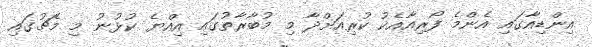
އިންޑިއާގައި އެންމެ ފޯރިއާއެކު ކުރިއަށްދާ މި މުބާރާތުގައި އިއްޔެ ކުޅުނު މި މެޗުގައި